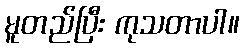
မူတည်ပြီး ကုသတာပါ။